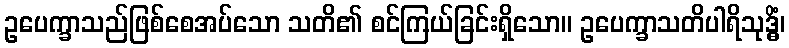
ဥပေက္ခာသည်ဖြစ်စေအပ်သော သတိ၏ စင်ကြယ်ခြင်းရှိသော။ ဥပေက္ခာသတိပါရိသုဒ္ဓိံ၊